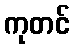
ကုတင်